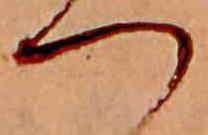
つ